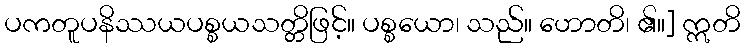
ပကတူပနိဿယပစ္စယသတ္တိဖြင့်။ ပစ္စယော၊ သည်။ ဟောတိ၊ ၏။] ဣတိ